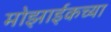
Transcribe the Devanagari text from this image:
मोझाईकच्या